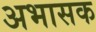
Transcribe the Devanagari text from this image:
अभासक